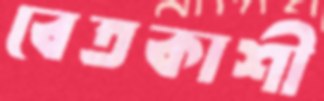
বেতকাশী